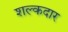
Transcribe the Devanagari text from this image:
शल्कदार